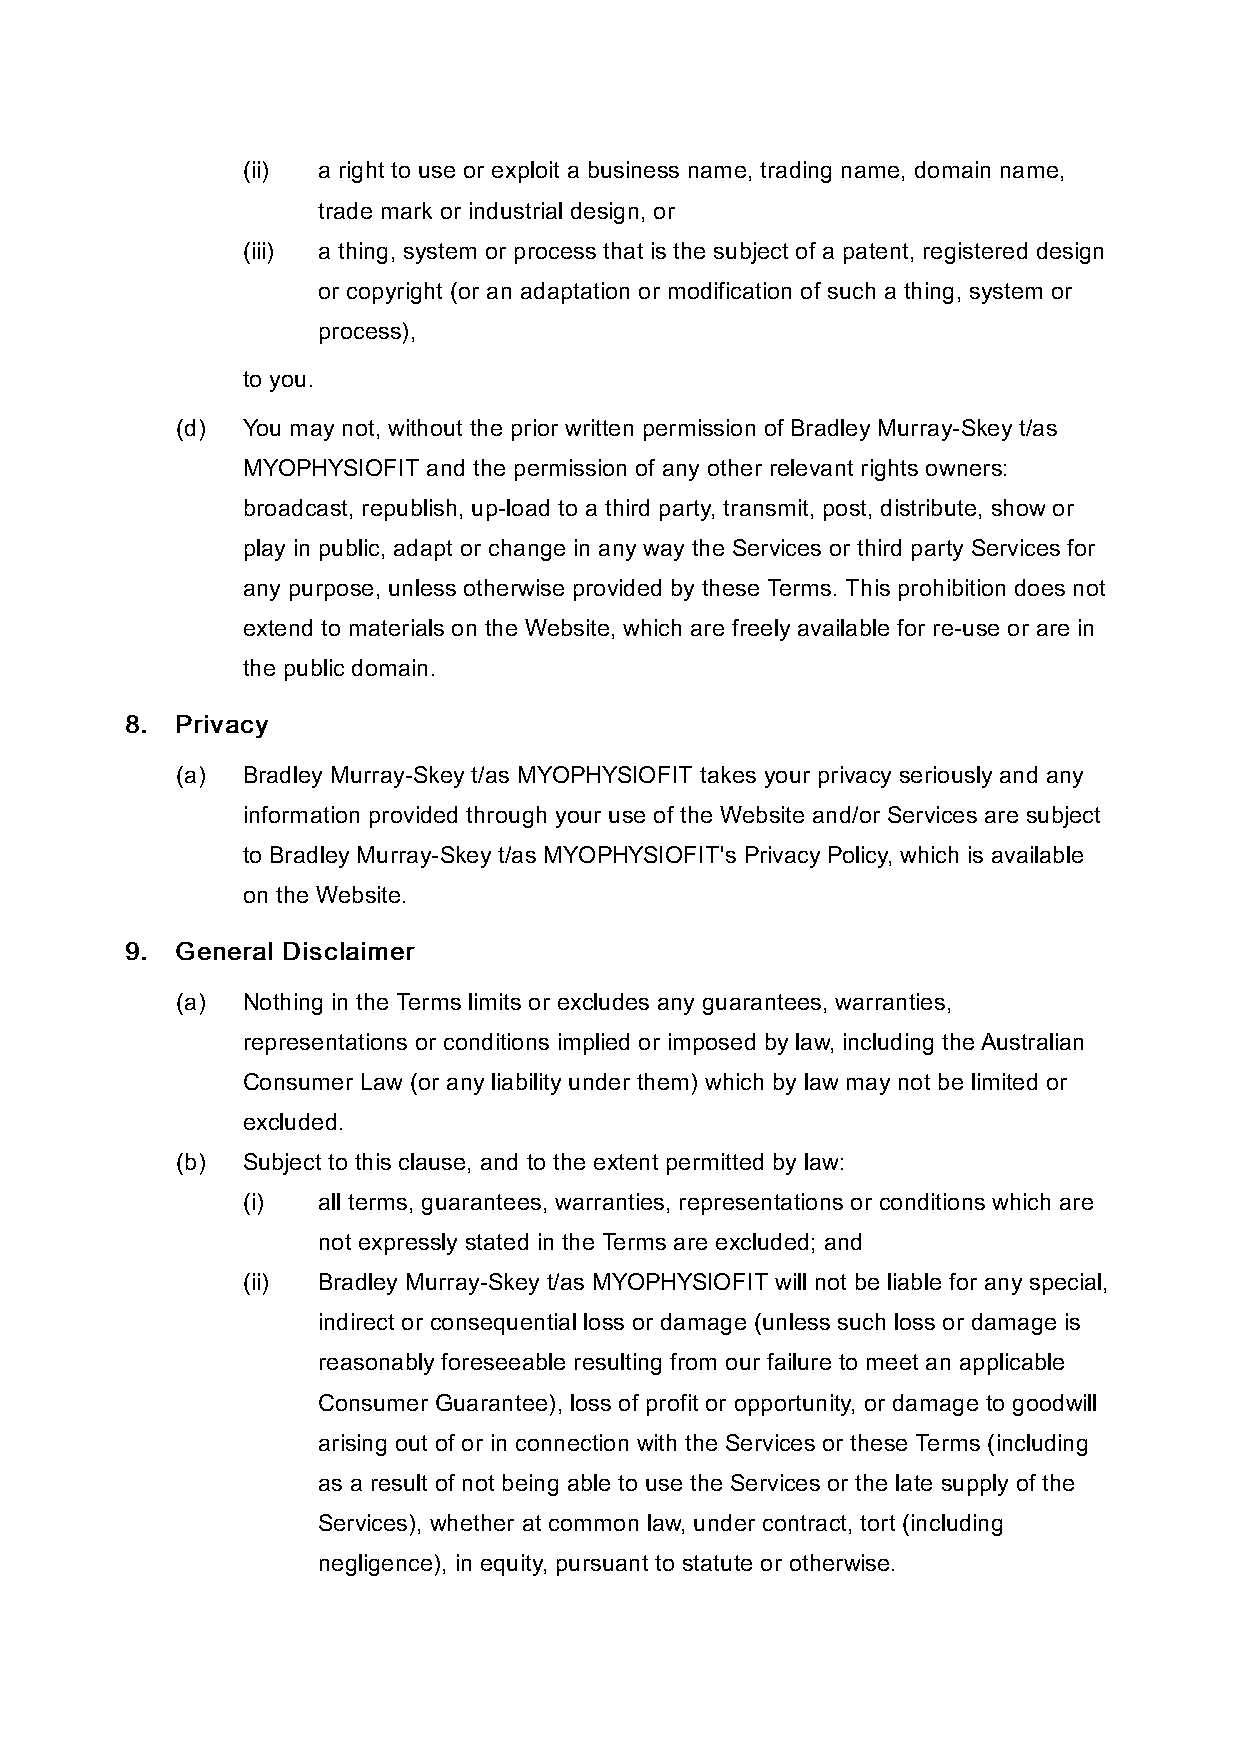
(ii) a right to use or exploit a business name, trading name, domain name,
 trade mark or industrial design, or
 (iii) a thing, system or process that is the subject of a patent, registered design
 or copyright (or an adaptation or modification of such a thing, system or
 process),
 to you.
 (d) You may not, without the prior written permission of Bradley Murray-Skey t/as
 MYOPHYSIOFIT and the permission of any other relevant rights owners:
 broadcast, republish, up-load to a third party, transmit, post, distribute, show or
 play in public, adapt or change in any way the Services or third party Services for
 any purpose, unless otherwise provided by these Terms. This prohibition does not
 extend to materials on the Website, which are freely available for re-use or are in
 the public domain.
 88.. PPrriivvaaccyy
 (a) Bradley Murray-Skey t/as MYOPHYSIOFIT takes your privacy seriously and any
 information provided through your use of the Website and/or Services are subject
 to Bradley Murray-Skey t/as MYOPHYSIOFIT's Privacy Policy, which is available
 on the Website.
 99.. GGeenneerraall DDiissccllaaiimmeerr
 (a) Nothing in the Terms limits or excludes any guarantees, warranties,
 representations or conditions implied or imposed by law, including the Australian
 Consumer Law (or any liability under them) which by law may not be limited or
 excluded.
 (b) Subject to this clause, and to the extent permitted by law:
 (i)  all terms, guarantees, warranties, representations or conditions which are
 not expressly stated in the Terms are excluded; and
 (ii) Bradley Murray-Skey t/as MYOPHYSIOFIT will not be liable for any special,
 indirect or consequential loss or damage (unless such loss or damage is
 reasonably foreseeable resulting from our failure to meet an applicable
 Consumer Guarantee), loss of profit or opportunity, or damage to goodwill
 arising out of or in connection with the Services or these Terms (including
 as a result of not being able to use the Services or the late supply of the
 Services), whether at common law, under contract, tort (including
 negligence), in equity, pursuant to statute or otherwise.